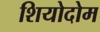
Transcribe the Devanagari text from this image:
शियोदोम